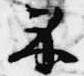
示